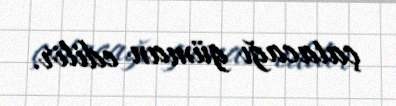
çatacağı güman edilir.